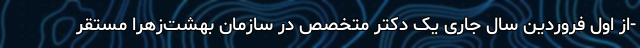
-از اول فروردین سال جاری یک دکتر متخصص در سازمان بهشت‌زهرا مستقر